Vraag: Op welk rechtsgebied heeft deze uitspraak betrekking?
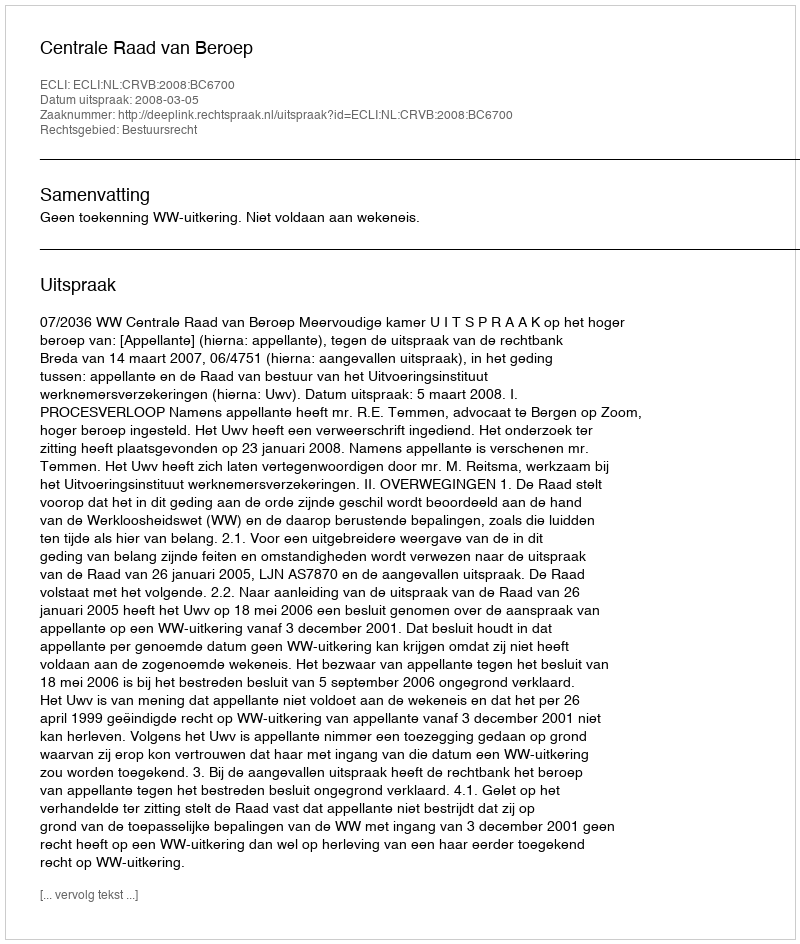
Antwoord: Bestuursrecht